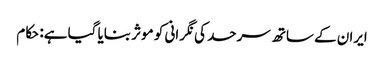
ایران کے ساتھ سرحد کی نگرانی کو موثر بنایا گیا ہے: حکام